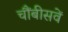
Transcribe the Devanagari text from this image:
चौंबीसवें